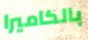
بالكاميرا